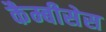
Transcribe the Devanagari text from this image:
कैम्बीसेस